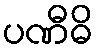
ပဏီဓိ